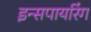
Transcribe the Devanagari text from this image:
इन्सपायरिंग